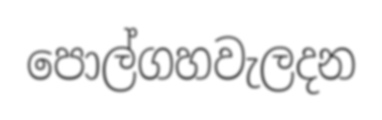
පොල්ගහවැලදන